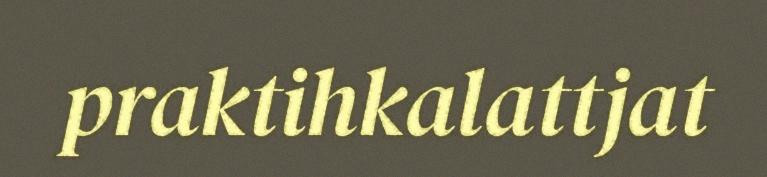
praktihkalattjat